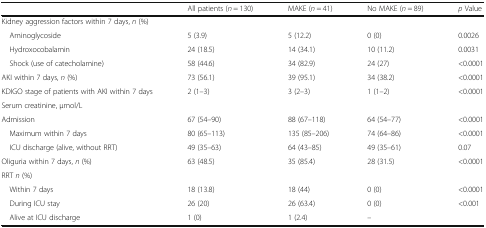
<table><thead><tr><td></td><td><b>All patients (<i>n</i> = 130)</b></td><td><b>MAKE (<i>n</i> = 41)</b></td><td><b>No MAKE (<i>n</i> = 89)</b></td><td><b><i>p</i> Value</b></td></tr></thead><tbody><tr><td colspan="5">Kidney aggression factors within 7 days, <i>n</i> (%)</td></tr><tr><td> Aminoglycoside</td><td>5 (3.9)</td><td>5 (12.2)</td><td>0 (0)</td><td>0.0026</td></tr><tr><td> Hydroxocobalamin</td><td>24 (18.5)</td><td>14 (34.1)</td><td>10 (11.2)</td><td>0.0031</td></tr><tr><td> Shock (use of catecholamine)</td><td>58 (44.6)</td><td>34 (82.9)</td><td>24 (27)</td><td>&lt;0.0001</td></tr><tr><td>AKI within 7 days, <i>n</i> (%)</td><td>73 (56.1)</td><td>39 (95.1)</td><td>34 (38.2)</td><td>&lt;0.0001</td></tr><tr><td>KDIGO stage of patients with AKI within 7 days</td><td>2 (1–3)</td><td>3 (2–3)</td><td>1 (1–2)</td><td>&lt;0.0001</td></tr><tr><td colspan="5">Serum creatinine, μmol/L</td></tr><tr><td>Admission</td><td>67 (54–90)</td><td>88 (67–118)</td><td>64 (54–77)</td><td>&lt;0.0001</td></tr><tr><td> Maximum within 7 days</td><td>80 (65–113)</td><td>135 (85–206)</td><td>74 (64–86)</td><td>&lt;0.0001</td></tr><tr><td> ICU discharge (alive, without RRT)</td><td>49 (35–63)</td><td>64 (43–85)</td><td>49 (35–61)</td><td>0.07</td></tr><tr><td>Oliguria within 7 days, <i>n</i> (%)</td><td>63 (48.5)</td><td>35 (85.4)</td><td>28 (31.5)</td><td>&lt;0.0001</td></tr><tr><td colspan="5">RRT <i>n</i> (%)</td></tr><tr><td> Within 7 days</td><td>18 (13.8)</td><td>18 (44)</td><td>0 (0)</td><td>&lt;0.0001</td></tr><tr><td> During ICU stay</td><td>26 (20)</td><td>26 (63.4)</td><td>0 (0)</td><td>&lt;0.001</td></tr><tr><td> Alive at ICU discharge</td><td>1 (0)</td><td>1 (2.4)</td><td>–</td><td></td></tr></tbody></table>